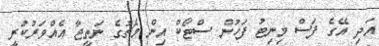
އަދި އޭގެ ފަސް މިނިޓު ފަހުން ސްޓޯކް އިން މެޗުގެ ނަތީޖާ އެއްވަރުކުރީ